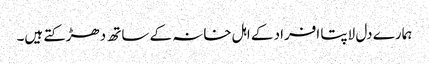
ہمارے دل لاپتا افراد کے اہل خانہ کے ساتھ دھڑکتے ہیں۔